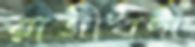
রাজীবদা